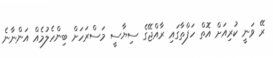
ރޭ ވަނީ ކުރިއަށް އޮތް ހަފްތާގައި ރާއްޖޭގެ ސިޔާސީ މަސްރަހަށް ބިންހެލުމެއް އަންނާނެ